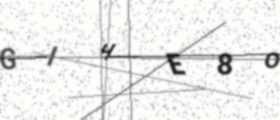
Text: GIHE8O